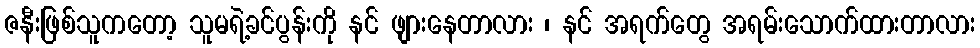
ဇနီးဖြစ်သူကတော့ သူမရဲ့ခင်ပွန်းကို နင် ဖျားနေတာလား ၊ နင် အရက်တွေ အရမ်းသောက်ထားတာလား